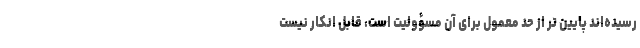
رسیده‌اند پایین تر از حد معمول برای آن مسؤولیت است، قابل انکار نیست